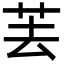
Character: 䒧